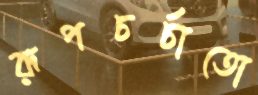
রূপচর্চাতো